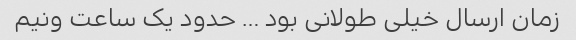
زمان ارسال خیلی طولانی بود … حدود یک ساعت ونیم